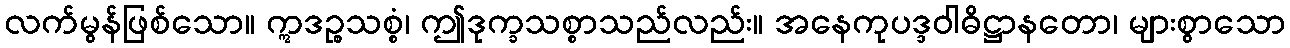
လက်မွန်ဖြစ်သော။ ဣဒဉ္စသစ္စံ၊ ဤဒုက္ခသစ္စာသည်လည်း။ အနေကုပဒ္ဒဝါဓိဋ္ဌာနတော၊ များစွာသော